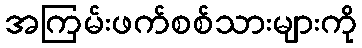
အကြမ်းဖက်စစ်သားများကို